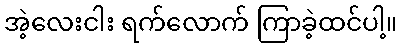
အဲ့လေးငါး ရက်လောက် ကြာခဲ့ထင်ပါ့။